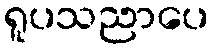
ရူပသညာပေ